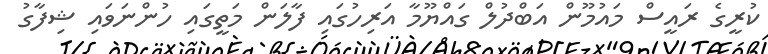
ކުރީގެ ރައީސް މައުމޫން އަބްދުލް ގައްޔޫމާ އަރިހުގައި ފާލަން މަތީގައި ހުންނަވައި ޝިފާގު